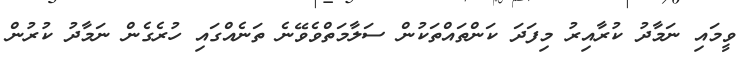
ވީމައި ނަމާދު ކުރާއިރު މިފަދަ ކަންތައްތަކުން ސަލާމަތްވެވޭނެ ތަނެއްގައި ހުރެގެން ނަމާދު ކުރުން